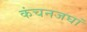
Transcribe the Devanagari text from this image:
कंचनजघां